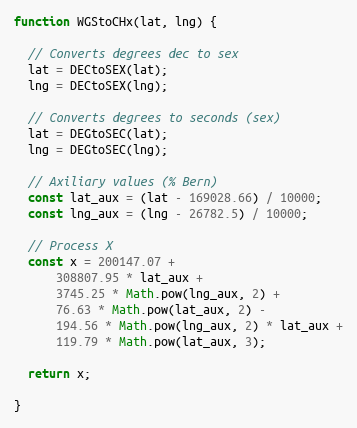
Language: JavaScript
function WGStoCHx(lat, lng) {

  // Converts degrees dec to sex
  lat = DECtoSEX(lat);
  lng = DECtoSEX(lng);

  // Converts degrees to seconds (sex)
  lat = DEGtoSEC(lat);
  lng = DEGtoSEC(lng);

  // Axiliary values (% Bern)
  const lat_aux = (lat - 169028.66) / 10000;
  const lng_aux = (lng - 26782.5) / 10000;

  // Process X
  const x = 200147.07 +
      308807.95 * lat_aux +
      3745.25 * Math.pow(lng_aux, 2) +
      76.63 * Math.pow(lat_aux, 2) -
      194.56 * Math.pow(lng_aux, 2) * lat_aux +
      119.79 * Math.pow(lat_aux, 3);

  return x;

}